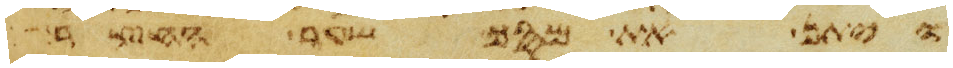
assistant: ויתן את מסך שער החצר